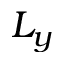
L _ { y }